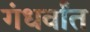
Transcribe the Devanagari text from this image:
गंधर्वांत